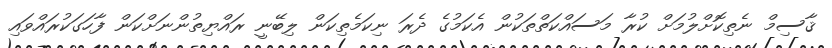
ޤާސިމް ނެތިކޮށްލުމަށް ކުރާ މަސައްކަތްތަކުން އެކަމުގެ ދެރަ ނިކަމެތިކަން ލިބޭނީ ރައްޔިތުންނަށްކަން ފާހަގަކުރައްވައި